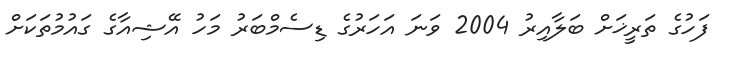
ފަހުގެ ތަރީޚަށް ބަލާއިރު 2004 ވަނަ އަހަރުގެ ޑިސެމްބަރު މަހު އޭޝިއާގެ ގައުމުތަކަށް